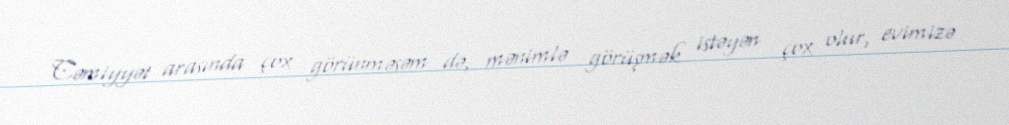
Cəmiyyət arasında çox görünməsəm də, mənimlə görüşmək istəyən çox olur, evimizə